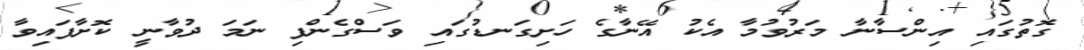
ގޮތުގައި އިންސާނާ މަރުވުމާ އެކު އޭނާގެ ހަށިގަނޑުގައި ވަސްގެންފި ނަމަ ދުވާނީ ކޮށާފައިވާ